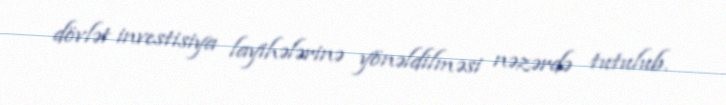
dövlət investisiya layihələrinə yönəldilməsi nəzərdə tutulub.